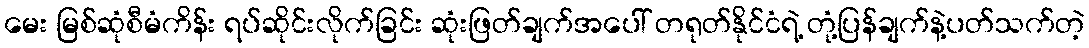
မေး မြစ်ဆုံစီမံကိန်း ရပ်ဆိုင်းလိုက်ခြင်း ဆုံးဖြတ်ချက်အပေါ် တရုတ်နိုင်ငံရဲ့ တုံ့ပြန်ချက်နဲ့ပတ်သက်တဲ့